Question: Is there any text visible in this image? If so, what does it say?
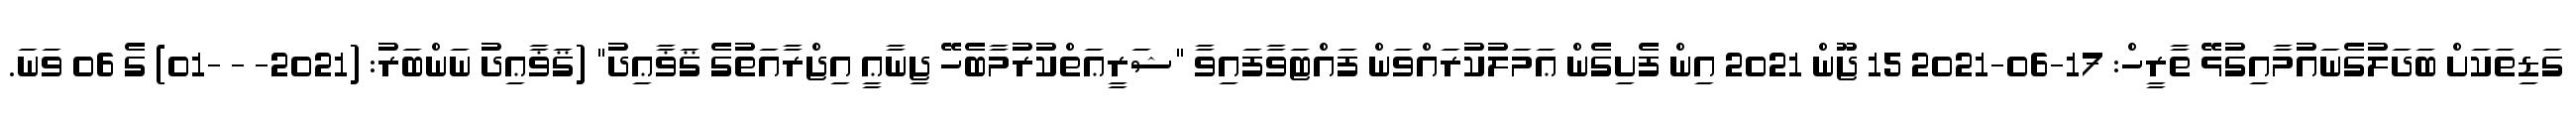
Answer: ގަޑިތަކަށް ބަދަލުގެނައުމާއިގުޅޭ ތާރީހް: 17-06-2021 15 ޖޫން 2021 އިން ފެށިގެން ޢަމަލުކުރައްވަން ފައްޓަވާފައިވާ "ޝަރީޢަތްކުރުމާބެހޭ ޖިނާޢީ އިޖްރާއަތުގެ ޤަޥާޢިދު" (ޤަޥާޢިދު ނަންބަރު: (2021- - -01) ގެ 06 ވަނަ.